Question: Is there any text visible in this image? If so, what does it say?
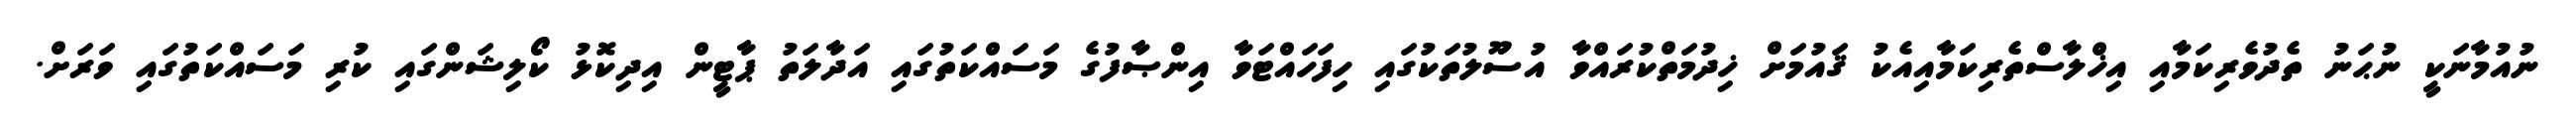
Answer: ނުއުމާނަކީ ނުޙަނު ތެދުވެރިކަމާއި އިޚްލާސްތެރިކަމާއިއެކު ޤައުމަށް ޚިދުމަތްކުރައްވާ އުސޫލުތަކުގައި ހިފަހައްޓަވާ އިންޞާފުގެ މަސައްކަތުގައި އަދާލަތު ޕާޓީން އިދިކޮޅު ކޯލިޝަންގައި ކުރި މަސައްކަތުގައި ވަރަށް.